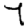
Digit: 7